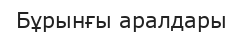
Бұрынғы аралдары